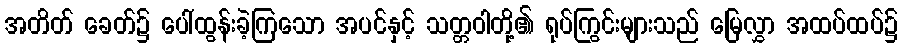
အတိတ် ခေတ်၌ ပေါ်ထွန်းခဲ့ကြသော အပင်နှင့် သတ္တဝါတို့၏ ရုပ်ကြွင်းများသည် မြေလွှာ အထပ်ထပ်၌